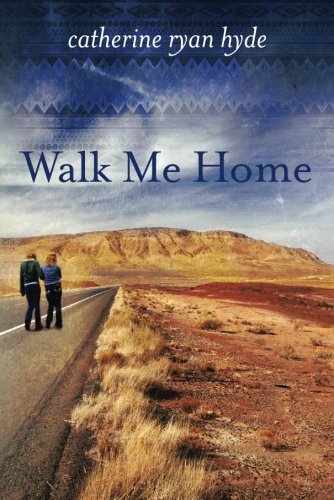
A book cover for Walk Me Home; Catherine Ryan Hyde; Literature & Fiction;